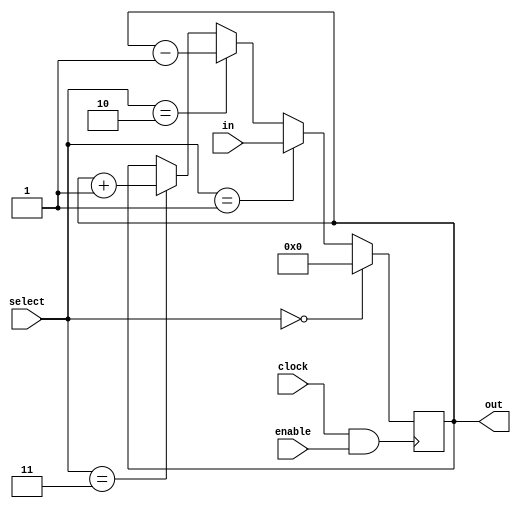
`timescale 1ns / 1ps
//////////////////////////////////////////////////////////////////////////////////
//FINAL
//////////////////////////////////////////////////////////////////////////////////


//PART 1
module Register #(parameter n = 8)(in, enable, select, clock, out);
    
    input wire[n-1:0] in;
    input wire[0:0] enable;
    input wire[1:0] select;
    input wire clock;
    reg[n-1:0] present;//stored value
    output wire[n-1:0] out;
       
    assign out = present;
          
       always @ (posedge clock && enable) begin
           
           if(select == 2'b00) begin
              present = 0; 
              
           end
             
           else if(select == 2'b01) begin 
               present = in;
              
           end
           
           else if(select == 2'b10) begin
           present = present - 1'b1;
              
           end
           
           else if(select == 2'b11) begin
               present = present + 1'b1;
           end
           
       end
    
endmodule


module part2a_IR(LH, enable, select, in, out, clock);
    input wire[7:0] in;
    input wire[0:0] enable;
    input wire[1:0] select;
    input wire clock;
    input wire LH;
    output wire[15:0] out;
    //reg[15:0] present;  
    //assign out = present;
    
    reg[15:0] IR_in;
   
    Register #(16)IR(IR_in, enable, select, clock, out); 
  
          always @ (*) begin

               
               if(select == 2'b01) begin 
                    if(LH == 0)begin 
                        IR_in = {out[15:8],in};                  
                    end
                                  
                                  
                    if(LH == 1)begin 
                        IR_in = {in,out[7:0]};              
                    end
                end
                              

              
               
           end  
    
endmodule

module part2b_RF(in, O1Sel, O2Sel, fun_sel, reg_sel,t_sel, clock, O1, O2);
    input wire[7:0] in;
    input wire[2:0] O1Sel;
    input wire[2:0] O2Sel;
    input wire[1:0] fun_sel;
    input wire[3:0] reg_sel;
    input wire[3:0] t_sel;
    input wire clock;
    output reg[7:0] O1;
    output reg[7:0] O2;
    
    //definitions about R Registers 
    wire[7:0] R1_out;
    wire[7:0] R2_out;
    wire[7:0] R3_out;
    wire[7:0] R4_out;
    
    Register #(8)R1(in, reg_sel[3:3], fun_sel, clock, R1_out);
    Register #(8)R2(in, reg_sel[2:2], fun_sel, clock, R2_out);
    Register #(8)R3(in, reg_sel[1:1], fun_sel, clock, R3_out);
    Register #(8)R4(in, reg_sel[0:0], fun_sel, clock, R4_out);

    //definitions about T Registers 
    wire[7:0] T1_out;
    wire[7:0] T2_out;
    wire[7:0] T3_out;
    wire[7:0] T4_out;
    
    Register #(8)T1(in, t_sel[3:3], fun_sel, clock, T1_out);
    Register #(8)T2(in, t_sel[2:2], fun_sel, clock, T2_out);
    Register #(8)T3(in, t_sel[1:1], fun_sel, clock, T3_out);
    Register #(8)T4(in, t_sel[0:0], fun_sel, clock, T4_out);
    
    always@(*) begin
    case(O1Sel)
        3'b000 : O1 = T1_out;
        3'b001 : O1 = T2_out;
        3'b010 : O1 = T3_out;
        3'b011 : O1 = T4_out;

        3'b100 : O1 = R1_out;
        3'b101 : O1 = R2_out;
        3'b110 : O1 = R3_out;
        3'b111 : O1 = R4_out;
    endcase 
    
    case(O2Sel)
        3'b000 : O2 = T1_out;
        3'b001 : O2 = T2_out;
        3'b010 : O2 = T3_out;
        3'b011 : O2 = T4_out;

        3'b100 : O2 = R1_out;
        3'b101 : O2 = R2_out;
        3'b110 : O2 = R3_out;
        3'b111 : O2 = R4_out;
    endcase
    end
    
endmodule

module part2c_ARF(in, O1Sel, O2Sel, fun_sel, reg_sel, clock, outA, outB);
    input wire[7:0] in;
    input wire[1:0] O1Sel;
    input wire[1:0] O2Sel;
    input wire[1:0] fun_sel;
    input wire[3:0] reg_sel;
    input wire clock;
    output reg[7:0] outA;
    output reg[7:0] outB;
    
    wire[7:0] PC_out;
    wire[7:0] AR_out;
    wire[7:0] SP_out;
    wire[7:0] PC_prev_out;
    
    Register #(8)PC(in, reg_sel[3:3], fun_sel, clock, PC_out);
    Register #(8)AR(in, reg_sel[2:2], fun_sel, clock, AR_out);
    Register #(8)SP(in, reg_sel[1:1], fun_sel, clock, SP_out);
    Register #(8)PC_Prev(in, reg_sel[0:0], fun_sel, clock, PC_prev_out);
    
    always@(*) begin
    case(O1Sel)
        2'b00 : outA = AR_out;
        2'b01 : outA = SP_out;
        2'b10 : outA = PC_prev_out;
        2'b11 : outA = PC_out;
    endcase 
    
    case(O2Sel)
        2'b00 : outB = AR_out;
        2'b01 : outB = SP_out;
        2'b10 : outB = PC_prev_out;
        2'b11 : outB = PC_out;
    endcase
    end
    
endmodule

module and_gate(
    input wire [7:0] A,
    input wire [7:0] B,
    output wire [7:0] C
    );
    
    assign C = A&B;
    
endmodule

module or_gate_1bit(
    input wire  A,
    input wire  B,
    output wire C
    );
    
    assign C = A|B;
    
endmodule

module or_gate(
    input wire [7:0] A,
    input wire [7:0] B,
    output wire [7:0] C
    );
    
    assign C = A|B;
    
endmodule

module not_gate(
    input wire [7:0] A,
    output wire [7:0] C
    );
    
    assign C = ~A;
    
endmodule

module xor_gate( 
    input wire [7:0] A,
    input wire [7:0] B,
    output wire [7:0] C
    );
    
    assign C = A&~B | ~A&B;
    
endmodule

module xor_gate_1bit(
    input wire A,
    input wire B,
    output wire C
    );
    
    assign C = A&~B | ~A&B;
    
endmodule


module compare(input [7:0] num1, input [7:0] num2, output reg [7:0] result);
    
    always @(num1, num2)
    begin
        if(num1 > num2)
            result = num1;
        else
            result = 8'b00000000;
    end
    
endmodule

module nand_gate(
    input wire [7:0] A,
    input wire [7:0] B,
    output wire [7:0] C
    );
    
    assign C = ~(A&B);
    
endmodule

module mux_2_1(i0,i1,sel,out);

    input wire[7:0] i0;
    input wire[7:0] i1;
    
    input wire sel;
    
    output reg[7:0] out;
    
    always@(i0 or i1 or sel) begin
    case (sel)
             1'b0 : out <= i0;  
             1'b1 : out <= i1;  
              
    endcase
    end
    
endmodule

module mux_4_1(i0,i1,i2,i3,sel,out);

    input wire[7:0] i0;
    input wire[7:0] i1;
    input wire[7:0] i2;
    input wire[7:0] i3;
    
    input wire[1:0] sel;
    
    output reg[7:0] out;
    
    always@(i0 or i1 or i2 or i3 or sel) begin
    case (sel)
             2'b00 : out <= i0;  
             2'b01 : out <= i1;  
             2'b10 : out <= i2;  
             2'b11 : out <= i3; 
    endcase
   end
    
endmodule

module mux_16_1(i0,i1,i2,i3,i4,i5,i6,i7,i8,i9,i10,i11,i12,i13,i14,i15,sel,out);

    input wire[7:0] i0;
    input wire[7:0] i1;
    input wire[7:0] i2;
    input wire[7:0] i3;
    input wire[7:0] i4; 
    input wire[7:0] i5;
    input wire[7:0] i6;
    input wire[7:0] i7;
    input wire[7:0] i8;
    input wire[7:0] i9;
    input wire[7:0] i10;
    input wire[7:0] i11;
    input wire[7:0] i12;
    input wire[7:0] i13;
    input wire[7:0] i14;
    input wire[7:0] i15;
    
    input wire[3:0] sel;
    
    output reg[7:0] out;
    
    always@(i0 or i1 or i2 or i3 or i4 or i5 or i6 or i7 or i8 or i9 or i10 or i11 or i12 or i13 or i14 or i15 or sel) begin
    case (sel)
             4'b0000 : out <= i0;  
             4'b0001 : out <= i1;  
             4'b0010 : out <= i2;  
             4'b0011 : out <= i3;
             4'b0100 : out <= i4;  
             4'b0101 : out <= i5;  
             4'b0110 : out <= i6;  
             4'b0111 : out <= i7;
             4'b1000 : out <= i8;  
             4'b1001 : out <= i9;  
             4'b1010 : out <= i10;  
             4'b1011 : out <= i11;
             4'b1100 : out <= i12;  
             4'b1101 : out <= i13;  
             4'b1110 : out <= i14;  
             4'b1111 : out <= i15;    
    endcase
    end
    

endmodule

module and_gate_1bit(
    input wire  A,
    input wire  B,
    output wire C
    );
    
    assign C = A&B;
    
endmodule

module half_adder1(a,b,s,c);

       input wire a;
       input wire b;
       
       output wire s;
       output wire c;
       
       xor_gate_1bit XOR1(.A(a),.B(b),.C(s));
       and_gate_1bit AND1(.A(a),.B(b),.C(c));
       
endmodule

module full_adder1(a,b,cin,s,cout);

       input wire a;
       input wire b;
       input wire cin;
       
       output wire s;
       output wire cout;
       
       wire s1;
       wire cout1;
       wire ab;
       
       
       half_adder1 HALF1(.a(a),.b(b),.s(s1),.c(ab));
       half_adder1 HALF2(.a(cin),.b(s1),.s(s),.c(cout1));
       or_gate_1bit OR1(.A(cout1),.B(ab),.C(cout));
       
endmodule

module full_adder8(a,b,cin,s,cout);

       input wire [7:0] a;
       input wire [7:0] b;
       input wire cin;
       
       output wire [7:0] s;
       output wire cout;
       
       wire c1;
       wire c2;
       wire c3;
       wire c4;
       wire c5;
       wire c6;
       wire c7;
       
       
       full_adder1 FULL1(.a(a[0]),.b(b[0]),.cin(cin),.s(s[0]),.cout(c1));
       full_adder1 FULL2(.a(a[1]),.b(b[1]),.cin(c1),.s(s[1]),.cout(c2));
       full_adder1 FULL3(.a(a[2]),.b(b[2]),.cin(c2),.s(s[2]),.cout(c3));
       full_adder1 FULL4(.a(a[3]),.b(b[3]),.cin(c3),.s(s[3]),.cout(c4));
       full_adder1 FULL5(.a(a[4]),.b(b[4]),.cin(c4),.s(s[4]),.cout(c5));
       full_adder1 FULL6(.a(a[5]),.b(b[5]),.cin(c5),.s(s[5]),.cout(c6));
       full_adder1 FULL7(.a(a[6]),.b(b[6]),.cin(c6),.s(s[6]),.cout(c7));
       full_adder1 FULL8(.a(a[7]),.b(b[7]),.cin(c7),.s(s[7]),.cout(cout));
                                                 
       
endmodule

module ALU(A,B,OutALU,FunSel,ALUOutFlag,clk);

    input wire [7:0] A;
    input wire [7:0] B;
    input wire [3:0] FunSel;
    input wire clk;
    
    output wire [7:0] OutALU;
    output reg [3:0] ALUOutFlag;
    
    initial 
    ALUOutFlag = 4'b0000;
    
    
    //Negation
    wire [7:0] notA;
    wire [7:0] notB;
    
    not_gate nota(.A(A),.C(notA));
    not_gate notb(.A(B),.C(notB));
    
    //Logic Operations
    
    wire [7:0] AandB;
    wire [7:0] AorB;
    wire [7:0] AnandB;
    wire [7:0] AxorB;
    
    and_gate aandb(.A(A),.B(B),.C(AandB));
    or_gate aorb(.A(A),.B(B),.C(AorB));
    nand_gate anandb(.A(A),.B(B),.C(AnandB));
    xor_gate axorb(.A(A),.B(B),.C(AxorB));
    
    //Adder-Subtractor-Compare
  
    wire [7:0] AplusB;
    wire AplusBcarry;//overflow control
    
    full_adder8 aplusb(.a(A),.b(B),.cin(ALUOutFlag[2]),.s(AplusB),.cout(AplusBcarry));
    
    wire [7:0] AminusB;
    wire AminusBcarry;
    wire [7:0] bcomplement;
    
    full_adder8 bComplement(.a(8'b00000001),.b(notB),.cin(1'b0),.s(bcomplement),.cout(AminusBcarry));
    full_adder8 aminusb(.a(A),.b(bcomplement),.cin(ALUOutFlag[2]),.s(AminusB),.cout(AminusBcarry));
    
    wire [7:0] AcompareB;
    
    compare acompb(.num1(A),.num2(B),.result(AcompareB));
    
    //Shifting
    
    wire [7:0] csr;
    assign csr[0] = A[1], csr[1] = A[2], csr[2] = A[3], csr[3] = A[4],
    csr[4] = A[5], csr[5] = A[6], csr[6] = A[7], csr[7] = ALUOutFlag[2];
    
    wire [7:0] lsr;
    assign lsr[0] = A[1], lsr[1] = A[2], lsr[2] = A[3], lsr[3] = A[4],
    lsr[4] = A[5], lsr[5] = A[6], lsr[6] = A[7], lsr[7] = 0;
    
    wire [7:0] lsl;
    assign lsl[0] = 0, lsl[1] = A[0], lsl[2] = A[1], lsl[3] = A[2],
    lsl[4] = A[3], lsl[5] = A[4], lsl[6] = A[5], lsl[7] = A[6];

    wire [7:0] asl;
    assign asl[7] = A[6], asl[6] = A[5], asl[5] = A[4], asl[4] = A[3],
    asl[3] = A[2], asl[2] = A[1], asl[1] = A[0], asl[0] = 0;
    
    wire [7:0] asr;
    assign asr[7]= A[7], asr[6]= A[7], asr[5]= A[6], asr[4]= A[5],
    asr[3]= A[4], asr[2]= A[3], asr[1]= A[2], asr[0]= A[1];

    mux_16_1 ALUMUX(.i0(A),.i1(B),.i2(notA),.i3(notB),.i4(AplusB),.i5(AminusB),.i6(AcompareB),.i7(AandB),.i8(AorB),.i9(AnandB),.i10(AxorB),.i11(lsl),.i12(lsr),.i13(asl),.i14(asr),.i15(csr),.sel(FunSel),.out(OutALU));
    
    
    
    always@ (*)
        begin
            case(FunSel)
                4'b0000:
                    if (!OutALU) 
                    begin//OutALU is 00000000
                        if (OutALU[7]) 
                        begin//8th bit is 1
                            ALUOutFlag[1] <= 1;
                        end
                        else 
                        begin
                            ALUOutFlag[1]<=0;
                        end
                        ALUOutFlag[3] <= 1;
                    end
                    else 
                    begin
                        if (OutALU[7]) 
                        begin//8th bit is 1
                            ALUOutFlag[1] <= 1;
                        end
                        else 
                        begin
                            ALUOutFlag[1]<=0;
                        end
                        ALUOutFlag[3] <= 0;
                    end
                4'b0001:
                    if (!OutALU) 
                    begin//OutALU is 00000000
                        if (OutALU[7]) 
                        begin//8th bit is 1
                            ALUOutFlag[1] <= 1;
                        end
                        else 
                        begin
                            ALUOutFlag[1]<=0;
                        end
                        ALUOutFlag[3] <= 1;
                    end
                    else 
                    begin
                        if (OutALU[7]) 
                        begin//8th bit is 1
                            ALUOutFlag[1] <= 1;
                        end
                        else 
                        begin
                            ALUOutFlag[1]<=0;
                        end
                        ALUOutFlag[3] <= 0;
                    end
                4'b0010:
                    if (!OutALU) // OutALU == 8'b10000000???
                    begin//OutALU is 00000000
                        if (OutALU[7]) 
                        begin//8th bit is 1
                            ALUOutFlag[1] <= 1;
                        end
                        else 
                        begin
                            ALUOutFlag[1]<=0;
                        end
                        ALUOutFlag[3] <= 1;
                    end
                    else 
                    begin
                        if (OutALU[7]) 
                        begin//8th bit is 1
                            ALUOutFlag[1] <= 1;
                        end
                        else 
                        begin
                            ALUOutFlag[1]<=0;
                        end
                        ALUOutFlag[3] <= 0;
                    end
                4'b0011:
                    if (!OutALU) 
                    begin//OutALU is 00000000
                        if (OutALU[7]) 
                        begin//8th bit is 1
                            ALUOutFlag[1] <= 1;
                        end
                        else 
                        begin
                            ALUOutFlag[1]<=0;
                        end
                        ALUOutFlag[3] <= 1;
                    end
                    else 
                    begin
                        if (OutALU[7]) 
                        begin//8th bit is 1
                            ALUOutFlag[1] <= 1;
                        end
                        else 
                        begin
                            ALUOutFlag[1]<=0;
                        end
                        ALUOutFlag[3] <= 0;
                    end
                4'b0100:
                    if(AplusBcarry)
                    begin
                        if((A[7] && B[7] && !OutALU[7]) || (!A[7] && !B[7] && OutALU[7]))//overflow
                        begin
                            if (!OutALU) 
                            begin//OutALU is 00000000
                                if (OutALU[7]) 
                                begin//8th bit is 1
                                    ALUOutFlag[1] <= 1;
                                end
                                else 
                                begin
                                    ALUOutFlag[1]<=0;
                                end
                                ALUOutFlag[3] <= 1;
                            end
                            else 
                            begin
                                if (OutALU[7]) 
                                begin//8th bit is 1
                                    ALUOutFlag[1] <= 1;
                                end
                                else 
                                begin
                                    ALUOutFlag[1]<=0;
                                end
                                ALUOutFlag[3] <= 0;
                            end
                            ALUOutFlag[0]<=1;
                        end
                        else
                        begin
                            if (!OutALU) 
                            begin//OutALU is 00000000
                                if (OutALU[7]) 
                                begin//8th bit is 1
                                    ALUOutFlag[1] <= 1;
                                end
                                else 
                                begin
                                    ALUOutFlag[1]<=0;
                                end
                                ALUOutFlag[3] <= 1;
                            end
                            else 
                            begin
                                if (OutALU[7]) 
                                begin//8th bit is 1
                                    ALUOutFlag[1] <= 1;
                                end
                                else 
                                begin
                                    ALUOutFlag[1]<=0;
                                end
                                ALUOutFlag[3] <= 0;
                            end
                            ALUOutFlag[0]<=0;
                        end
                        ALUOutFlag[2]<=1;
                    end
                    else 
                    begin
                        if((A[7] && B[7] && !OutALU[7]) || (!A[7] && !B[7] && OutALU[7]))//overflow
                        begin
                            if (!OutALU) 
                            begin//OutALU is 00000000
                                if (OutALU[7]) 
                                begin//8th bit is 1
                                    ALUOutFlag[1] <= 1;
                                end
                                else 
                                begin
                                    ALUOutFlag[1]<=0;
                                end
                                ALUOutFlag[3] <= 1;
                            end
                            else 
                            begin
                                if (OutALU[7]) 
                                begin//8th bit is 1
                                    ALUOutFlag[1] <= 1;
                                end
                                else 
                                begin
                                    ALUOutFlag[1]<=0;
                                end
                                ALUOutFlag[3] <= 0;
                            end
                            ALUOutFlag[0]<=1;
                        end
                        else
                        begin
                            if (!OutALU) 
                            begin//OutALU is 00000000
                                if (OutALU[7]) 
                                begin//8th bit is 1
                                    ALUOutFlag[1] <= 1;
                                end
                                else 
                                begin
                                    ALUOutFlag[1]<=0;
                                end
                                ALUOutFlag[3] <= 1;
                            end
                            else 
                            begin
                                if (OutALU[7]) 
                                begin//8th bit is 1
                                    ALUOutFlag[1] <= 1;
                                end
                                else 
                                begin
                                    ALUOutFlag[1]<=0;
                                end
                                ALUOutFlag[3] <= 0;
                            end
                            ALUOutFlag[0]<=0;
                        end
                        ALUOutFlag[2]<=0;
                    end
                4'b0101:
                    if(AminusBcarry)
                    begin
                        if((A[7] && bcomplement[7] && !OutALU[7]) || (!A[7] && !bcomplement[7] && OutALU[7]))//overflow
                        begin
                            if (!OutALU) 
                            begin//OutALU is 00000000
                                if (OutALU[7]) 
                                begin//8th bit is 1
                                    ALUOutFlag[1] <= 1;
                                end
                                else 
                                begin
                                    ALUOutFlag[1]<=0;
                                end
                                ALUOutFlag[3] <= 1;
                            end
                            else 
                            begin
                                if (OutALU[7]) 
                                begin//8th bit is 1
                                    ALUOutFlag[1] <= 1;
                                end
                                else 
                                begin
                                    ALUOutFlag[1]<=0;
                                end
                                ALUOutFlag[3] <= 0;
                            end
                            ALUOutFlag[0]<=1;
                        end
                        else
                        begin
                            if (!OutALU) 
                            begin//OutALU is 00000000
                                if (OutALU[7]) 
                                begin//8th bit is 1
                                    ALUOutFlag[1] <= 1;
                                end
                                else 
                                begin
                                    ALUOutFlag[1]<=0;
                                end
                                ALUOutFlag[3] <= 1;
                            end
                            else 
                            begin
                                if (OutALU[7]) 
                                begin//8th bit is 1
                                    ALUOutFlag[1] <= 1;
                                end
                                else 
                                begin
                                    ALUOutFlag[1]<=0;
                                end
                                ALUOutFlag[3] <= 0;
                            end
                            ALUOutFlag[0]<=0;
                        end
                        ALUOutFlag[2]<=1;
                    end
                    else 
                    begin
                        if((A[7] && bcomplement[7] && !OutALU[7]) || (!A[7] && !bcomplement[7] && OutALU[7]))//overflow
                        begin
                            if (!OutALU) 
                            begin//OutALU is 00000000
                                if (OutALU[7]) 
                                begin//8th bit is 1
                                    ALUOutFlag[1] <= 1;
                                end
                                else 
                                begin
                                    ALUOutFlag[1]<=0;
                                end
                                ALUOutFlag[3] <= 1;
                            end
                            else 
                            begin
                                if (OutALU[7]) 
                                begin//8th bit is 1
                                    ALUOutFlag[1] <= 1;
                                end
                                else 
                                begin
                                    ALUOutFlag[1]<=0;
                                end
                                ALUOutFlag[3] <= 0;
                            end
                            ALUOutFlag[0]<=1;
                        end
                        else
                        begin
                            if (!OutALU) 
                            begin//OutALU is 00000000
                                if (OutALU[7]) 
                                begin//8th bit is 1
                                    ALUOutFlag[1] <= 1;
                                end
                                else 
                                begin
                                    ALUOutFlag[1]<=0;
                                end
                                ALUOutFlag[3] <= 1;
                            end
                            else 
                            begin
                                if (OutALU[7]) 
                                begin//8th bit is 1
                                    ALUOutFlag[1] <= 1;
                                end
                                else 
                                begin
                                    ALUOutFlag[1]<=0;
                                end
                                ALUOutFlag[3] <= 0;
                            end
                            ALUOutFlag[0]<=0;
                        end
                        ALUOutFlag[2]<=0;
                    end
                4'b0110:
                    if(AminusBcarry)
                    begin
                        if((A[7] && bcomplement[7] && !OutALU[7]) || (!A[7] && !bcomplement[7] && OutALU[7]))//overflow
                        begin
                            if (!OutALU) 
                            begin//OutALU is 00000000
                                if (OutALU[7]) 
                                begin//8th bit is 1
                                    ALUOutFlag[1] <= 1;
                                end
                                else 
                                begin
                                    ALUOutFlag[1]<=0;
                                end
                                ALUOutFlag[3] <= 1;
                            end
                            else 
                            begin
                                if (OutALU[7]) 
                                begin//8th bit is 1
                                    ALUOutFlag[1] <= 1;
                                end
                                else 
                                begin
                                    ALUOutFlag[1]<=0;
                                end
                                ALUOutFlag[3] <= 0;
                            end
                            ALUOutFlag[0]<=1;
                        end
                        else
                        begin
                            if (!OutALU) 
                            begin//OutALU is 00000000
                                if (OutALU[7]) 
                                begin//8th bit is 1
                                    ALUOutFlag[1] <= 1;
                                end
                                else 
                                begin
                                    ALUOutFlag[1]<=0;
                                end
                                ALUOutFlag[3] <= 1;
                            end
                            else 
                            begin
                                if (OutALU[7]) 
                                begin//8th bit is 1
                                    ALUOutFlag[1] <= 1;
                                end
                                else 
                                begin
                                    ALUOutFlag[1]<=0;
                                end
                                ALUOutFlag[3] <= 0;
                            end
                            ALUOutFlag[0]<=0;
                        end
                        ALUOutFlag[2]<=1;
                    end
                    else 
                    begin
                        if((A[7] && bcomplement[7] && !OutALU[7]) || (!A[7] && !bcomplement[7] && OutALU[7]))//overflow
                        begin
                            if (!OutALU) 
                            begin//OutALU is 00000000
                                if (OutALU[7]) 
                                begin//8th bit is 1
                                    ALUOutFlag[1] <= 1;
                                end
                                else 
                                begin
                                    ALUOutFlag[1]<=0;
                                end
                                ALUOutFlag[3] <= 1;
                            end
                            else 
                            begin
                                if (OutALU[7]) 
                                begin//8th bit is 1
                                    ALUOutFlag[1] <= 1;
                                end
                                else 
                                begin
                                    ALUOutFlag[1]<=0;
                                end
                                ALUOutFlag[3] <= 0;
                            end
                            ALUOutFlag[0]<=1;
                        end
                        else
                        begin
                            if (!OutALU) 
                            begin//OutALU is 00000000
                                if (OutALU[7]) 
                                begin//8th bit is 1
                                    ALUOutFlag[1] <= 1;
                                end
                                else 
                                begin
                                    ALUOutFlag[1]<=0;
                                end
                                ALUOutFlag[3] <= 1;
                            end
                            else 
                            begin
                                if (OutALU[7]) 
                                begin//8th bit is 1
                                    ALUOutFlag[1] <= 1;
                                end
                                else 
                                begin
                                    ALUOutFlag[1]<=0;
                                end
                                ALUOutFlag[3] <= 0;
                            end
                            ALUOutFlag[0]<=0;
                        end
                        ALUOutFlag[2]<=0;
                    end
                4'b0111:
                    if (!OutALU) 
                    begin//OutALU is 00000000
                        if (OutALU[7]) 
                        begin//8th bit is 1
                            ALUOutFlag[1] <= 1;
                        end
                        else 
                        begin
                            ALUOutFlag[1]<=0;
                        end
                        ALUOutFlag[3] <= 1;
                    end
                    else 
                    begin
                        if (OutALU[7]) 
                        begin//8th bit is 1
                            ALUOutFlag[1] <= 1;
                        end
                        else 
                        begin
                            ALUOutFlag[1]<=0;
                        end
                        ALUOutFlag[3] <= 0;
                    end  
                4'b1000:
                    if (!OutALU) 
                    begin//OutALU is 00000000
                        if (OutALU[7]) 
                        begin//8th bit is 1
                            ALUOutFlag[1] <= 1;
                        end
                        else 
                        begin
                            ALUOutFlag[1]<=0;
                        end
                        ALUOutFlag[3] <= 1;
                    end
                    else 
                    begin
                        if (OutALU[7]) 
                        begin//8th bit is 1
                            ALUOutFlag[1] <= 1;
                        end
                        else 
                        begin
                            ALUOutFlag[1]<=0;
                        end
                        ALUOutFlag[3] <= 0;
                    end
                4'b1001:
                    if (!OutALU) 
                    begin//OutALU is 00000000
                        if (OutALU[7]) 
                        begin//8th bit is 1
                            ALUOutFlag[1] <= 1;
                        end
                        else 
                        begin
                            ALUOutFlag[1]<=0;
                        end
                        ALUOutFlag[3] <= 1;
                    end
                    else 
                    begin
                        if (OutALU[7]) 
                        begin//8th bit is 1
                            ALUOutFlag[1] <= 1;
                        end
                        else 
                        begin
                            ALUOutFlag[1]<=0;
                        end
                        ALUOutFlag[3] <= 0;
                    end
                4'b1010:
                    if (!OutALU) 
                    begin//OutALU is 00000000
                        if (OutALU[7]) 
                        begin//8th bit is 1
                            ALUOutFlag[1] <= 1;
                        end
                        else 
                        begin
                            ALUOutFlag[1]<=0;
                        end
                        ALUOutFlag[3] <= 1;
                    end
                    else 
                    begin
                        if (OutALU[7]) 
                        begin//8th bit is 1
                            ALUOutFlag[1] <= 1;
                        end
                        else 
                        begin
                            ALUOutFlag[1]<=0;
                        end
                        ALUOutFlag[3] <= 0;
                    end
                4'b1011://lsl                     
                    if (!OutALU) 
                    begin//OutALU is 00000000
                        if (OutALU[7]) 
                        begin//8th bit is 1
                            ALUOutFlag[1] <= 1;
                        end
                        else 
                        begin
                            ALUOutFlag[1]<=0;
                        end
                        ALUOutFlag[3] <= 1;
                        ALUOutFlag[2] <= A[7];//carry
                    end
                    else 
                    begin
                        if (OutALU[7]) 
                        begin//8th bit is 1
                            ALUOutFlag[1] <= 1;
                        end
                        else 
                        begin
                            ALUOutFlag[1]<=0;
                        end
                        ALUOutFlag[3] <= 0;
                        ALUOutFlag[2] <= A[7];//carry
                    end
                4'b1100://lsr A[7]=0 always positive                     
                    if (!OutALU) 
                    begin//OutALU is 00000000
                        ALUOutFlag[1] <= 0;
                        ALUOutFlag[3] <= 1;
                        ALUOutFlag[2] <= A[0];//carry
                    end
                    else 
                    begin
                        ALUOutFlag[1] <= 0;
                        ALUOutFlag[3] <= 0;
                        ALUOutFlag[2] <= A[0];//carry
                    end
                4'b1101://asl
                    if (!OutALU) 
                    begin//OutALU is 00000000
                        ALUOutFlag[1] <= A[6];//will be the 7th index after shifting
                        ALUOutFlag[3] <= 1;
                        ALUOutFlag[0] <= (A[7]&&!A[6]) || (A[6]&&!A[7]);//overflow -> sign has to change, control with xor
                    end
                    else 
                    begin
                        ALUOutFlag[1] <= A[6];
                        ALUOutFlag[3] <= 0;
                        ALUOutFlag[0] <= (A[7]&&!A[6]) || (A[6]&&!A[7]);//overflow -> sign has to change, control with xor
                    end
                4'b1110://asr
                    if (!OutALU) 
                    begin//OutALU is 00000000
                        ALUOutFlag[3] <= 1;                       
                    end
                    else 
                    begin                       
                        ALUOutFlag[3] <= 0;                       
                    end
                4'b1111://csr
                    if (!OutALU) 
                    begin//OutALU is 00000000
                        ALUOutFlag[1] <= OutALU[7];
                        ALUOutFlag[3] <= 1;
                        ALUOutFlag[2] <= A[0];//carry
                    end
                    else 
                    begin
                        ALUOutFlag[1] <= OutALU[7];
                        ALUOutFlag[3] <= 0;
                        ALUOutFlag[2] = A[0];//carry
                    end
            endcase
            
        end
        
                        
endmodule

module Memory(
    input wire[7:0] address,
    input wire[7:0] data,
    input wire wr, //Read = 0, Write = 1
    input wire cs, //Chip is enable when cs = 0
    input wire clock,
    output reg[7:0] o // Output
);
    //Declaration o?f the RAM Area
    reg[7:0] RAM_DATA[0:255];
    //Read Ram data from the file
    initial $readmemh("RAM.mem", RAM_DATA);
    //Read the selected data from RAM
    always @(*) begin
        o = ~wr && ~cs ? RAM_DATA[address] : 8'hZ;
    end
    
    //Write the data to RAM
    always @(posedge clock) begin
        if (wr && ~cs) begin
            RAM_DATA[address] <= data; 
        end
    end
endmodule

module ALUSystem(
    input wire[2:0] RF_O1Sel, 
    input wire[2:0] RF_O2Sel, 
    input wire[1:0] RF_FunSel,
    input wire[3:0] RF_RSel,
    input wire[3:0] RF_TSel,
    
    //Bunu bi ayarlayal?m
    input wire[3:0] ALU_FunSel,
    
    input wire[1:0] ARF_OutASel, 
    input wire[1:0] ARF_OutBSel, 
    input wire[1:0] ARF_FunSel,
    input wire[3:0] ARF_RSel,
    
    input wire IR_LH,
    input wire IR_Enable,
    input wire[1:0] IR_Funsel,
    
    input wire Mem_WR,
    input wire Mem_CS,
    
    input wire[1:0] MuxASel,
    input wire[1:0] MuxBSel,
    input wire MuxCSel,
    
    input wire Clock
    
);
    //wires about IR
    
    wire [15:0] IROut; 
    

    wire [7:0] MuxAOut;
    wire [7:0] MuxBOut;
    wire [7:0] MuxCOut;
    
    //wires about ARF
    wire [7:0] ARF_AOut;
    wire [7:0] Address;//Adress
    
    //wires about RF
    wire [7:0] AOut;
    wire [7:0] BOut;
    
    //wires about Alu
    wire [7:0] ALUOut;
    
    //Bu ikisine gerek kalmayabilir
    wire C_in;
    wire [3:0] FlagOut;
    
    //other
    wire [7:0] MemoryOut;
    
    
    part2a_IR IR(IR_LH, IR_Enable, IR_Funsel, MemoryOut, IROut, Clock);
    part2b_RF RF(MuxAOut, RF_O1Sel, RF_O2Sel, RF_FunSel, RF_RSel,RF_TSel, Clock, AOut, BOut);
    part2c_ARF ARF(MuxBOut, ARF_OutASel, ARF_OutBSel, ARF_FunSel, ARF_RSel, Clock, ARF_AOut, Address);

    mux_4_1 MuxA(ALUOut, MemoryOut, IROut[7:0],ARF_AOut,MuxASel,MuxAOut);
    mux_4_1 MuxB(ALUOut, MemoryOut, IROut[7:0],ARF_AOut,MuxBSel,MuxBOut);
    mux_2_1 MuxC(AOut, ARF_AOut, MuxCSel, MuxCOut);
    
    Memory memory(Address, ALUOut, Mem_WR, Mem_CS,Clock,MemoryOut);
    
    wire [3:0]ALUOutFlag;
    ALU ALU(MuxCOut,BOut,ALUOut,ALU_FunSel,ALUOutFlag,Clock);
    
   
endmodule

/*
SECOND PROJECT
*/


module Decoder_2to4(
    input wire[1:0] in,
    output reg [3:0]out
    );
 //will be used for register selecting in Opcodes module
always@(*) begin   
    case(in)
        2'b00: begin
        out <= 4'b1000;
        end
        2'b01: begin
        out = 4'b0100;
        end       
        2'b10: begin
        out = 4'b0010;
        end
        2'b11: begin
        out = 4'b0001;
        end
                          
    endcase
 end 
  
endmodule

module Decoder_2to4_ARF(
    input wire[1:0] in,
    output reg [3:0]out
    );
 //will be used for register selecting in Opcodes module
always@(*) begin   
    case(in)
        2'b00: begin
        out = 4'b0010;
        end
        2'b01: begin
        out = 4'b0100;
        end       
        2'b10: begin
        out = 4'b1000;
        end
        2'b11: begin
        out = 4'b1000;
        end
                          
    endcase
 end 
  
endmodule

module counter (input clock,      
                  input sc,              // Declare input port for the reset to allow the counter to be reset to 0 when required  
                  output reg[2:0] out);    

always @ (posedge clock) begin  
    if (! sc)  
      out <= 0;  
    else  
      out <= out + 1;  
  end  
endmodule

module counter_decoder(
    input wire clock, 
    input wire sc,
    
    output reg T0,
    output reg T1,
    output reg T2,
    output reg T3,
    output reg T4,
    output reg T5,
    output reg T6,
    output reg T7
    );
    
    wire[2:0] count;
    counter Counter(clock, sc, count);
  
    always@(*)begin
    
    if(count == 3'b000)begin
            T0 = 1; T1 = 0; T2 = 0; T3 = 0; T4 = 0; T5 = 0; T6 = 0; T7 = 0;
    end
    else if(count == 3'b001)begin
            T0 = 0; T1 = 1; T2 = 0; T3 = 0; T4 = 0; T5 = 0; T6 = 0; T7 = 0;
        end  
    else if(count == 3'b010)begin
            T0 = 0; T1 = 0; T2 = 1; T3 = 0; T4 = 0; T5 = 0; T6 = 0; T7 = 0;
            end
    else if(count == 3'b011)begin
            T0 = 0; T1 = 0; T2 = 0; T3 = 1; T4 = 0; T5 = 0; T6 = 0; T7 = 0;
                end


    else if(count == 3'b100)begin
            T0 = 0; T1 = 0; T2 = 0; T3 = 0; T4 = 1; T5 = 0; T6 = 0; T7 = 0;
        end
    else if(count == 3'b101)begin
            T0 = 0; T1 = 0; T2 = 0; T3 = 0; T4 = 0; T5 = 1; T6 = 0; T7 = 0;
            end
    else if(count == 3'b110)begin
            T0 = 0; T1 = 0; T2 = 0; T3 = 0; T4 = 0; T5 = 0; T6 = 1; T7 = 0;
                end
    else if(count == 3'b111)begin
            T0 = 0; T1 = 0; T2 = 0; T3 = 0; T4 = 0; T5 = 0; T6 = 0; T7 = 1;
                    end  

    end

endmodule

module Opcodes(
    input wire Clock, 
    input wire[7:0] T,
    input wire Reset,
    input wire [3:0] ZCNO, 
    input wire [15:0] IROut,
    output reg [2:0] RF_Out1Sel, 
    output reg [2:0] RF_Out2Sel, 
    output reg [1:0] RF_FunSel,
    output reg [3:0] RF_RegSel,
    output reg [3:0] RF_TSel,
    output reg [3:0] ALU_FunSel,
    output reg [1:0] ARF_OutASel, 
    output reg [1:0] ARF_OutBSel, 
    output reg [1:0] ARF_FunSel,
    output reg [3:0] ARF_RegSel,
    output reg  IR_LH,
    output reg  IR_Enable,
    output reg [1:0] IR_FunSel,
    output reg  Mem_WR,
    output reg  Mem_CS,
    output reg [1:0] MuxASel,
    output reg [1:0] MuxBSel,
    output reg  MuxCSel);
    
 
    wire [7:0] address;
    assign address = IROut[7:0];
    
    wire addressing_mode;
    assign addressing_mode = IROut[10]; 
    
    wire [3:0]opcode;
    assign opcode[3:0] = IROut[15:12];
    
    wire [1:0] regsel;
    assign regsel[1:0] = IROut[9:8];
    
    reg sc = 0;
    wire [7:0] t;
    counter_decoder clock1(Clock, sc, t[0], t[1], t[2], t[3], t[4], t[5], t[6], t[7]);
    //SRC DEST Selection
    wire [3:0] SRCREG2 = IROut[3:0];
    wire [3:0] SRCREG1 = IROut[7:4];
    wire [3:0] DESTREG = IROut[11:8];
    
    wire[3:0] DestSelectRF;
    wire[3:0] SRC1SelectRF;
    wire[3:0] SRC2SelectRF;
    
    wire[3:0] temp;
    
    Decoder_2to4 RForDest(DESTREG[1:0],DestSelectRF);
    Decoder_2to4 RForSrc1(SRCREG1[1:0],SRC1SelectRF);
    Decoder_2to4 RForSrc2(SRCREG2[1:0],SRC2SelectRF);
    //Decoder_2to4 R(regsel,RF_RegSel);//Rx is enabled
    Decoder_2to4 R(regsel,temp);
    
    wire[3:0] DestSelectARF;
    wire[3:0] SRC1SelectARF;
    wire[3:0] SRC2SelectARF;
    
    Decoder_2to4_ARF ARForDest(DESTREG[1:0],DestSelectARF);
    Decoder_2to4_ARF ARForSrc1(SRCREG1[1:0],SRC1SelectARF);
    Decoder_2to4_ARF ARForSrc2(SRCREG2[1:0],SRC2SelectARF);
    
    /*
    E?er RF ye y?kleme yapacaksak, ARF'yi disable yapmal?y?z. 
    Bunu yapmak i?in ilgili yere 4'b0000 verece?iz
    
    mem wr, //Read = 0, Write = 1
    mem cs, //Chip is enable when cs = 0
    
    opcode ile ayarlamalar? a?a??da always blo?unda yapaca??z
    
    T0 ile T1 -> fetch yap?lan ilk iki clock cycle
    
    i?lemler bittikten sonra sc = 0 yap?caz unutmay?n
    */
    
    always@(*) begin
        RF_RegSel = temp;
        sc = 1;
        //regsel -> temp
    //ba?lamadan ?nce rf arf ve ?r resetlenecek
        if(Reset) // D?zenlenecek
        begin
            sc = 0; 
            Mem_WR = 0; Mem_CS = 1;
            RF_RegSel = 4'b1111; ARF_RegSel = 4'b1111; IR_Enable = 1;
            RF_FunSel = 2'b00; ARF_FunSel = 2'b00; IR_FunSel = 2'b00;
        end 
        if(t[0]) begin 
        
            ARF_OutASel <= 2'b11;
            MuxBSel <= 2'b11;
            ARF_RegSel <= 4'b0101;
            ARF_FunSel <= 2'b01;

        end
        if(t[1])begin
            IR_LH <= 0;
            IR_FunSel <= 2'b01;
            IR_Enable <= 1;
            
            Mem_WR <= 0;
            Mem_CS <= 0;
            
            RF_RegSel <= 4'b0000;
            RF_TSel <= 4'b0000; // kullanm?caz zaten
	    ARF_OutBSel <= 2'b00;
	    ARF_RegSel <= 4'b1001;
	    ARF_FunSel <= 2'b11; //pcprev and pc increment
  
        end
        if(t[2]) begin 
            IR_LH <= 1;
            IR_FunSel <= 2'b01;
            IR_Enable <= 1;
            
            Mem_WR <= 0;
            Mem_CS <= 0;
        
            RF_RegSel <= 4'b0000;
            RF_TSel <= 4'b0000; // kullanm?caz zaten
	    ARF_OutBSel <= 2'b10;
	    ARF_RegSel <= 4'b1000;
	    ARF_FunSel <= 2'b11; //pc increment
        end
        if(t[3]) begin
            case(opcode)
                4'b0000: begin//and
                    ALU_FunSel <= 4'b0111;
                    IR_Enable <= 0;
                    Mem_CS <= 1;
                    Mem_WR <= 0;
                    if(!IROut[10]) begin// sonu? rf ye y?kleniyor
                        RF_FunSel <= 2'b01;
                        RF_RegSel <= DestSelectRF;
                        ARF_RegSel <= 4'b0000;
                        MuxASel <= 2'b00;
                        if(!IROut[6] && !IROut[2]) begin // sreg1 sreg2 rfden
                            MuxCSel <= 0;
                            RF_Out1Sel <= {1'b1,IROut[5:4]};//IROut[5:4] = SREG1[1:0]
                            RF_Out2Sel <= {1'b1,IROut[1:0]};//IROut[1:0] = SREG2[1:0]
                        end
                        else if (IROut[6] && !IROut[2]) begin// sreg1 arfden sreg2 rfden
                            MuxCSel <= 1;
                            ARF_OutASel <= IROut[5:4];
                            RF_Out2Sel <= {1'b1,IROut[1:0]};//IROut[1:0] = SREG2[1:0]
                        end
                        else if(!IROut[6] && IROut[2]) begin// sreg1 rfden sreg2 arfden
                            MuxCSel <= 1;
                            RF_Out2Sel <= {1'b1,IROut[5:4]};//IROut[5:4] = SREG1[1:0]
                            ARF_OutASel <= IROut[1:0];
                        end
                    end
                    else begin//sonu? arf ye y?kleniyor
                        RF_RegSel <= 4'b0000;        
                        ARF_RegSel <= DestSelectARF;
                        ARF_FunSel <= 2'b01;
                        MuxBSel <= 2'b00;
                        if(!IROut[6] && !IROut[2]) begin // sreg1 sreg2 rfden
                            MuxCSel <= 0;
                            RF_Out1Sel <= {1'b1,IROut[5:4]};//IROut[5:4] = SREG1[1:0]
                            RF_Out2Sel <= {1'b1,IROut[1:0]};//IROut[1:0] = SREG2[1:0]
                        end
                        else if (IROut[6] && !IROut[2]) begin// sreg1 arfden sreg2 rfden
                            MuxCSel <= 1;
                            ARF_OutASel <= IROut[5:4];
                            RF_Out2Sel <= {1'b1,IROut[1:0]};//IROut[1:0] = SREG2[1:0]
                        end
                        else if(!IROut[6] && IROut[2]) begin// sreg1 rfden sreg2 arfden
                            MuxCSel <= 1;
                            RF_Out2Sel <= {1'b1,IROut[5:4]};//IROut[5:4] = SREG1[1:0]
                            ARF_OutASel <= IROut[1:0];
                        end    
                    end
                    sc <= 0; // reset counter
                      
                end
                4'b0001: begin//or
                    ALU_FunSel <= 4'b1000;
                    IR_Enable <= 0;
                    Mem_CS <= 1;
                    Mem_WR <= 0;
                    if(!IROut[10]) begin// sonu? rf ye y?kleniyor
                        RF_FunSel <= 2'b01;
                        RF_RegSel <= DestSelectRF;
                        ARF_RegSel <= 4'b0000;
                        MuxASel <= 2'b00;
                        if(!IROut[6] && !IROut[2]) begin // sreg1 sreg2 rfden
                            MuxCSel <= 0;
                            RF_Out1Sel <= {1'b1,IROut[5:4]};//IROut[5:4] = SREG1[1:0]
                            RF_Out2Sel <= {1'b1,IROut[1:0]};//IROut[1:0] = SREG2[1:0]
                        end
                        else if (IROut[6] && !IROut[2]) begin// sreg1 arfden sreg2 rfden
                            MuxCSel <= 1;
                            ARF_OutASel <= IROut[5:4];
                            RF_Out2Sel <= {1'b1,IROut[1:0]};//IROut[1:0] = SREG2[1:0]
                        end
                        else if(!IROut[6] && IROut[2]) begin// sreg1 rfden sreg2 arfden
                            MuxCSel <= 1;
                            RF_Out2Sel <= {1'b1,IROut[5:4]};//IROut[5:4] = SREG1[1:0]
                            ARF_OutASel <= IROut[1:0];
                        end
                    end
                    else begin//sonu? arf ye y?kleniyor
                        RF_RegSel <= 4'b0000;        
                        ARF_RegSel <= DestSelectARF;
                        ARF_FunSel <= 2'b01;
                        MuxBSel <= 2'b00;
                        if(!IROut[6] && !IROut[2]) begin // sreg1 sreg2 rfden
                            MuxCSel <= 0;
                            RF_Out1Sel <= {1'b1,IROut[5:4]};//IROut[5:4] = SREG1[1:0]
                            RF_Out2Sel <= {1'b1,IROut[1:0]};//IROut[1:0] = SREG2[1:0]
                        end
                        else if (IROut[6] && !IROut[2]) begin// sreg1 arfden sreg2 rfden
                            MuxCSel <= 1;
                            ARF_OutASel <= IROut[5:4];
                            RF_Out2Sel <= {1'b1,IROut[1:0]};//IROut[1:0] = SREG2[1:0]
                        end
                        else if(!IROut[6] && IROut[2]) begin// sreg1 rfden sreg2 arfden
                            MuxCSel <= 1;
                            RF_Out2Sel <= {1'b1,IROut[5:4]};//IROut[5:4] = SREG1[1:0]
                            ARF_OutASel <= IROut[1:0];
                        end    
                    end
                    sc <= 0; // reset counter                        
                end

                4'b0011: begin//add
                    ALU_FunSel <= 4'b0100;
                    IR_Enable <= 0;
                    Mem_CS <= 1;
                    Mem_WR <= 0;
                    if(!IROut[10]) begin// sonu? rf ye y?kleniyor
                        RF_FunSel <= 2'b01;
                        RF_RegSel <= DestSelectRF;
                        ARF_RegSel <= 4'b0000;
                        MuxASel <= 2'b00;
                        if(!IROut[6] && !IROut[2]) begin // sreg1 sreg2 rfden
                            MuxCSel <= 0;
                            RF_Out1Sel <= {1'b1,IROut[5:4]};//IROut[5:4] = SREG1[1:0]
                            RF_Out2Sel <= {1'b1,IROut[1:0]};//IROut[1:0] = SREG2[1:0]
                        end
                        else if (IROut[6] && !IROut[2]) begin// sreg1 arfden sreg2 rfden
                            MuxCSel <= 1;
                            ARF_OutASel <= IROut[5:4];
                            RF_Out2Sel <= {1'b1,IROut[1:0]};//IROut[1:0] = SREG2[1:0]
                        end
                        else if(!IROut[6] && IROut[2]) begin// sreg1 rfden sreg2 arfden
                            MuxCSel <= 1;
                            RF_Out2Sel <= {1'b1,IROut[5:4]};//IROut[5:4] = SREG1[1:0]
                            ARF_OutASel <= IROut[1:0];
                        end
                    end
                    else begin//sonu? arf ye y?kleniyor
                        RF_RegSel <= 4'b0000;        
                        ARF_RegSel <= DestSelectARF;
                        ARF_FunSel <= 2'b01;
                        MuxBSel <= 2'b00;
                        if(!IROut[6] && !IROut[2]) begin // sreg1 sreg2 rfden
                            MuxCSel <= 0;
                            RF_Out1Sel <= {1'b1,IROut[5:4]};//IROut[5:4] = SREG1[1:0]
                            RF_Out2Sel <= {1'b1,IROut[1:0]};//IROut[1:0] = SREG2[1:0]
                        end
                        else if (IROut[6] && !IROut[2]) begin// sreg1 arfden sreg2 rfden
                            MuxCSel <= 1;
                            ARF_OutASel <= IROut[5:4];
                            RF_Out2Sel <= {1'b1,IROut[1:0]};//IROut[1:0] = SREG2[1:0]
                        end
                        else if(!IROut[6] && IROut[2]) begin// sreg1 rfden sreg2 arfden
                            MuxCSel <= 1;
                            RF_Out2Sel <= {1'b1,IROut[5:4]};//IROut[5:4] = SREG1[1:0]
                            ARF_OutASel <= IROut[1:0];
                        end    
                    end
                    sc <= 0; // reset counter
                        
                end
                4'b0100: begin//sub
                    ALU_FunSel <= 4'b0101;
                    IR_Enable <= 0;
                    Mem_CS <= 1;
                    Mem_WR <= 0;
                    if(!IROut[10]) begin// sonu? rf ye y?kleniyor
                        RF_FunSel <= 2'b01;
                        RF_RegSel <= DestSelectRF;
                        ARF_RegSel <= 4'b0000;
                        MuxASel <= 2'b00;
                        if(!IROut[6] && !IROut[2]) begin // sreg1 sreg2 rfden
                            MuxCSel <= 0;
                            RF_Out1Sel <= {1'b1,IROut[5:4]};//IROut[5:4] = SREG1[1:0]
                            RF_Out2Sel <= {1'b1,IROut[1:0]};//IROut[1:0] = SREG2[1:0]
                        end
                        else if (IROut[6] && !IROut[2]) begin// sreg1 arfden sreg2 rfden
                            MuxCSel <= 1;
                            ARF_OutASel <= IROut[5:4];
                            RF_Out2Sel <= {1'b1,IROut[1:0]};//IROut[1:0] = SREG2[1:0]
                        end
                        else if(!IROut[6] && IROut[2]) begin// sreg1 rfden sreg2 arfden
                            MuxCSel <= 1;
                            RF_Out2Sel <= {1'b1,IROut[5:4]};//IROut[5:4] = SREG1[1:0]
                            ARF_OutASel <= IROut[1:0];
                        end
                    end
                    else begin//sonu? arf ye y?kleniyor
                        RF_RegSel <= 4'b0000;        
                        ARF_RegSel <= DestSelectARF;
                        ARF_FunSel <= 2'b01;
                        MuxBSel <= 2'b00;
                        if(!IROut[6] && !IROut[2]) begin // sreg1 sreg2 rfden
                            MuxCSel <= 0;
                            RF_Out1Sel <= {1'b1,IROut[5:4]};//IROut[5:4] = SREG1[1:0]
                            RF_Out2Sel <= {1'b1,IROut[1:0]};//IROut[1:0] = SREG2[1:0]
                        end
                        else if (IROut[6] && !IROut[2]) begin// sreg1 arfden sreg2 rfden
                            MuxCSel <= 1;
                            ARF_OutASel <= IROut[5:4];
                            RF_Out2Sel <= {1'b1,IROut[1:0]};//IROut[1:0] = SREG2[1:0]
                        end
                        else if(!IROut[6] && IROut[2]) begin// sreg1 rfden sreg2 arfden
                            MuxCSel <= 1;
                            RF_Out2Sel <= {1'b1,IROut[5:4]};//IROut[5:4] = SREG1[1:0]
                            ARF_OutASel <= IROut[1:0];
                        end    
                    end
                    sc <= 0; // reset counter
                end
            
                //Emre start
                4'b1011: begin//mov
                    //disable memory and IR and RF T registers
                     RF_TSel = 4'b0000;
                     Mem_CS = 1;
                     Mem_WR = 0;
                     IR_Enable = 0;
                     
                     //Load dest to RF or ARF. We will arrange enable registers
                     ARF_FunSel = 2'b01;
                     RF_FunSel = 2'b01;
                     
                     ALU_FunSel = 4'b0000;     
                     
                     if(!SRCREG1[2])begin
                        //if SRC is in RF
                        MuxCSel = 0;
                        RF_Out1Sel = {1'b1,SRCREG1[1:0]};
                       
                     end
                     else begin
                        //if SRC in ARF
                        MuxCSel = 1;
                        ARF_OutASel = SRCREG1[1:0];
                     end
                     
                     if(!DESTREG[2]) begin
                        //if DEST is in RF
                        MuxASel = 2'b00;
                        RF_RegSel = DestSelectRF;
                        ARF_RegSel = 4'b0000;
                     end
                     else begin
                        //if SRC in ARF
                        MuxBSel = 2'b00;
                        ARF_RegSel = DestSelectARF;
                        RF_RegSel = 4'b0000;
                     end
                     
                     sc <= 0;
                end
                4'b0010: begin//not
                    //disable memory and IR and RF T registers
                     RF_TSel = 4'b0000;
                     Mem_CS = 1;
                     Mem_WR = 0;
                     IR_Enable = 0;
                     
                     //Load dest to RF or ARF. We will arrange enable registers
                     ARF_FunSel = 2'b01;
                     RF_FunSel = 2'b01;
                     
                     ALU_FunSel = 4'b0010;     
                     
                     if(!SRCREG1[2])begin
                        //if SRC is in RF
                        MuxCSel = 0;
                        RF_Out1Sel = {1'b1,SRCREG1[1:0]};
                       
                     end
                     else begin
                        //if SRC in ARF
                        MuxCSel = 1;
                        ARF_OutASel = SRCREG1[1:0];
                     end
                     
                     if(!DESTREG[2]) begin
                        //if DEST is in RF
                        MuxASel = 2'b00;
                        RF_RegSel = DestSelectRF;
                        ARF_RegSel = 4'b0000;
                     end
                     else begin
                        //if SRC in ARF
                        MuxBSel = 2'b00;
                        ARF_RegSel = DestSelectARF;
                        RF_RegSel = 4'b0000;
                     end
                     
                     sc <= 0;                                
                end
                4'b0101: begin//lsr
    //disable memory and IR and RF T registers
                     RF_TSel = 4'b0000;
                     Mem_CS = 1;
                     Mem_WR = 0;
                     IR_Enable = 0;
                     
                     //Load dest to RF or ARF. We will arrange enable registers
                     ARF_FunSel = 2'b01;
                     RF_FunSel = 2'b01;
                     
                     ALU_FunSel = 4'b1100;     
                     
                     if(!SRCREG1[2])begin
                        //if SRC is in RF
                        MuxCSel = 0;
                        RF_Out1Sel = {1'b1,SRCREG1[1:0]};
                       
                     end
                     else begin
                        //if SRC in ARF
                        MuxCSel = 1;
                        ARF_OutASel = SRCREG1[1:0];
                     end
                     
                     if(!DESTREG[2]) begin
                        //if DEST is in RF
                        MuxASel = 2'b00;
                        RF_RegSel = DestSelectRF;
                        ARF_RegSel = 4'b0000;
                     end
                     else begin
                        //if SRC in ARF
                        MuxBSel = 2'b00;
                        ARF_RegSel = DestSelectARF;
                        RF_RegSel = 4'b0000;
                     end
                     
                     sc <= 0;                
                end
                4'b0110: begin//lsl
    //disable memory and IR and RF T registers
                     RF_TSel = 4'b0000;
                     Mem_CS = 1;
                     Mem_WR = 0;
                     IR_Enable = 0;
                     
                     //Load dest to RF or ARF. We will arrange enable registers
                     ARF_FunSel = 2'b01;
                     RF_FunSel = 2'b01;
                     
                     ALU_FunSel = 4'b1011;     
                     
                     if(!SRCREG1[2])begin
                        //if SRC is in RF
                        MuxCSel = 0;
                        RF_Out1Sel = {1'b1,SRCREG1[1:0]};
                       
                     end
                     else begin
                        //if SRC in ARF
                        MuxCSel = 1;
                        ARF_OutASel = SRCREG1[1:0];
                     end
                     
                     if(!DESTREG[2]) begin
                        //if DEST is in RF
                        MuxASel = 2'b00;
                        RF_RegSel = DestSelectRF;
                        ARF_RegSel = 4'b0000;
                     end
                     else begin
                        //if SRC in ARF
                        MuxBSel = 2'b00;
                        ARF_RegSel = DestSelectARF;
                        RF_RegSel = 4'b0000;
                     end
                     
                     sc <= 0; 
                end
                //Emre finish
                4'b0111: begin//inc
                    IR_Enable <= 0;
                    ARF_OutASel <= SRCREG1[1:0];//select reg
                    RF_Out1Sel <= {1'b1,SRCREG1[1:0]};//select reg
                    RF_FunSel <= 2'b01;//load
                    ARF_FunSel <= 2'b01;//load
                    ALU_FunSel = 4'b0000;//pass A
                    MuxBSel = 2'b00;//out ALU 
                    MuxASel = 2'b00;
                    if(!IROut[10]) begin
                        RF_RegSel <= DestSelectRF;//Desired register
                        ARF_RegSel = 4'b0000;
                        if(IROut[6]) begin
                            MuxCSel <= 1;
                        end
                        if(!IROut[6]) begin
                            MuxCSel <= 0;
                        end
                    end
                    sc<=1;
                end
                4'b1000: begin//dec
                    IR_Enable <= 0;
                    ARF_OutASel <= SRCREG1[1:0];//select reg
                    RF_Out1Sel <= {1'b1,SRCREG1[1:0]};//select reg
                    RF_FunSel <= 2'b01;//load
                    ARF_FunSel <= 2'b01;//load
                    ALU_FunSel = 4'b0000;//pass A
                    MuxBSel = 2'b00;//out ALU 
                    MuxASel = 2'b00;
                    if(!IROut[10]) begin
                        RF_RegSel <= DestSelectRF;//Desired register
                        ARF_RegSel = 4'b0000;
                        if(IROut[6]) begin
                            MuxCSel <= 1;
                        end
                        if(!IROut[6]) begin
                            MuxCSel <= 0;
                        end
                    end
                    sc<=1;
                
                end
                4'b1001: begin//bra
                    ARF_FunSel <= 2'b01;//arf load signal
                    MuxBSel <= 2'b10;//muxb selects IR(7-0)
                    ARF_RegSel <= 4'b1000;//pc is enabled
                    IR_Enable <= 0; 
                    sc <= 0;
                end
                4'b1010: begin//bne
                    if(!ZCNO[3]) begin
                        ARF_FunSel <= 2'b01;//arf load signal
                        MuxBSel <= 2'b10;//muxb selects IR(7-0)
                        ARF_RegSel <= 4'b0001;//pc is enabled
                        IR_Enable <= 0; 
                        sc <= 0;
                    end
                end
                4'b1100: begin//ld
                    //regsel<=IROut(7-0)
                    //select the register to write - done by decoder
                    if(!addressing_mode) begin
                        RF_FunSel <= 2'b01;//load
                        MuxASel <= 2'b10;
                        IR_Enable <= 0; 
                       sc <= 0;
                    end
                    if(addressing_mode) begin // D ise operation executed in 2 clock cyle                      
                        MuxBSel <= 2'b10;
                        ARF_RegSel <= 4'b0100;//ar enable
			ARF_FunSel <= 2'b01; // load
                        sc <= 1;
                    end
                end
                4'b1101: begin//st
                    if(addressing_mode) begin
                        Mem_WR <= 1; //write to memory
                        Mem_CS <= 0;
                        RF_Out2Sel <= {1'b1,regsel};
                        ALU_FunSel <= 4'b0001;//give B
                        ARF_OutBSel <= 2'b00;//AR taken from ARF
                        IR_Enable <= 0; 
                       sc <= 0;
                    end
                end
                4'b1110: begin//pul
                    ARF_RegSel <= 4'b0010;//sp is selected to function
                    ARF_FunSel <= 2'b11;//increment
                    ARF_OutBSel <= 2'b01;//outbsel takes sp
                    IR_Enable <= 0; 
                    sc <=1;
                end
                4'b1111: begin//psh
                    RF_Out2Sel <= {1'b1,regsel};//RX is given to O2
                    ALU_FunSel <= 4'b0001;//give B
                    ARF_OutBSel <= 2'b01;//outbsel gives sp as address
                    Mem_WR <= 1; //write to memory
                    Mem_CS <= 0;
                    IR_Enable <= 0; 
                    sc <= 1;
                end
                                                 
            endcase
         
        end
        if(t[4]) begin
            case(opcode)
		4'b1100: begin//ld
                    if(addressing_mode) begin // D ise operation executed in 2 clock cyle                      
                        Mem_WR <= 0; 
                        Mem_CS <= 0;                        
			ARF_OutBSel <= 2'b00;//outbsel takes AR
			MuxASel <= 2'b01;// memory output ge?ir
			RF_FunSel <= 2'b01;//loadla
			sc <= 0;
			

                    end
                end
                4'b0111: begin//inc
                    IR_Enable <= 0;
                    case(!IROut[10])
                        1'b0: begin//RF
                            RF_FunSel <= 2'b11;
                            ARF_RegSel = 4'b0000;
                            RF_RegSel = DestSelectRF;
                        end
                        1'b1: begin
                            ARF_FunSel <= 2'b11;
                            RF_RegSel = 4'b0000;
                            ARF_RegSel = DestSelectARF;
                        end
                    endcase
                    sc <=0;
                end
                4'b1000: begin//dec
                    IR_Enable <= 0;
                    case(!IROut[10])
                        1'b0: begin//RF
                            RF_FunSel <= 2'b10;
                            ARF_RegSel = 4'b0000;
                            RF_RegSel = DestSelectRF;
                        end
                        1'b1: begin
                            ARF_FunSel <= 2'b10;
                            RF_RegSel = 4'b0000;
                            ARF_RegSel = DestSelectARF;
                        end
                    endcase
                    sc <=0;
                end
            
                4'b1110: begin//pul
                    Mem_WR <= 0; //read from memory
                    Mem_CS <= 0;
                    RF_FunSel <= 2'b01;//load
                    //RF_RegSel is selected by regsel
                    MuxASel <= 2'b01;
                    IR_Enable <= 0; 
                    sc <= 0;                
                end 
                4'b1111: begin//psh
                    ARF_RegSel <= 4'b0010;//sp is selected to function
                    ARF_FunSel <= 2'b10;
                    IR_Enable <= 0;  
                    sc <= 0;              
                end
            endcase
        
        end
       
    end

endmodule

module CPUSystem( input wire Clock, input wire Reset, input wire[7:0] T);
                 
    wire[2:0] RF_O1Sel; 
    wire[2:0] RF_O2Sel; 
    wire[1:0] RF_FunSel;
    wire[3:0] RF_RSel;
    wire[3:0] RF_TSel;
    wire[3:0] ALU_FunSel;
    wire[1:0] ARF_OutASel; 
    wire[1:0] ARF_OutBSel; 
    wire[1:0] ARF_FunSel;
    wire[3:0] ARF_RegSel;
    wire IR_LH;
    wire IR_Enable;
    wire[1:0] IR_Funsel;
    wire Mem_WR;
    wire Mem_CS;
    wire[1:0] MuxASel;
    wire[1:0] MuxBSel;
    wire MuxCSel;

    wire[3:0] ZCNO;
    wire[15:0] IR_Out;
    wire sc;
    
   
    
    Opcodes opcodes(
            Clock,
            T,
            Reset,
            ALU_System.ALUOutFlag,
            ALU_System.IROut,
            RF_O1Sel,
            RF_O2Sel,
            RF_FunSel,
            RF_RSel,
            RF_TSel,
            ALU_FunSel,
            ARF_OutASel, 
            ARF_OutBSel, 
            ARF_FunSel,
            ARF_RegSel,
            IR_LH,
            IR_Enable,
            IR_Funsel,
            Mem_WR,
            Mem_CS,
            MuxASel,
            MuxBSel,
            MuxCSel);
           
           
    ALUSystem ALU_System(
        RF_O1Sel, 
        RF_O2Sel,
        RF_FunSel,
        RF_RSel,
        RF_TSel,
        ALU_FunSel,
        ARF_OutASel, 
        ARF_OutBSel, 
        ARF_FunSel,
        ARF_RegSel,
        IR_LH,
        IR_Enable,
        IR_Funsel,
        Mem_WR,
        Mem_CS,
        MuxASel,
        MuxBSel,
        MuxCSel,
        Clock
        );


endmodule